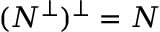
( N ^ { \bot } ) ^ { \bot } = N